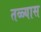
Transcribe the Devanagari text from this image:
तळ्यास